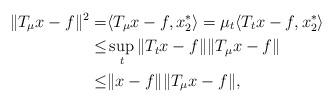
LaTeX: \begin{align*} \| T_{\mu} x -f\|^{2} =& \langle T_{\mu} x -f , x_{2}^{*} \rangle= \mu_{t} \langle T_{t} x -f , x_{2}^{*} \rangle \\ \leq & \sup_{t}\|T_{t} x -f\|\|T_{\mu} x -f\| \\ \leq & \|x -f\| \|T_{\mu} x -f\|,\end{align*}